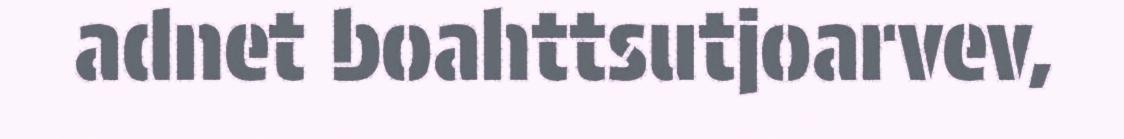
adnet boahttsutjoarvev,